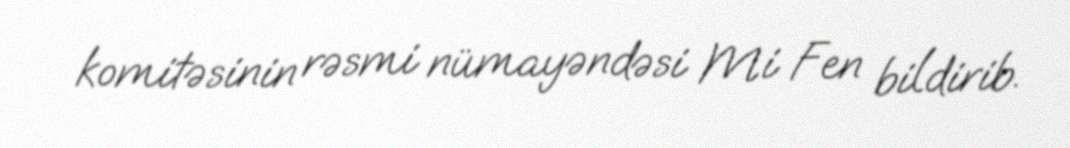
komitəsinin rəsmi nümayəndəsi Mi Fen bildirib.